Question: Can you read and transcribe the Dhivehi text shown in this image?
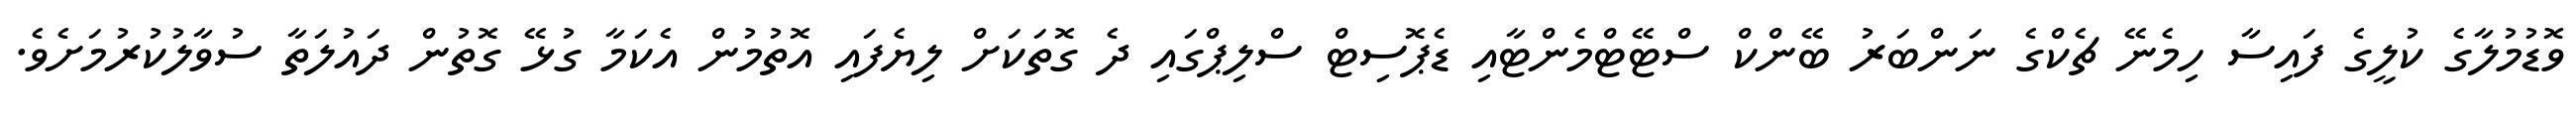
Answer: ވޮޑުމުލާގެ ކުލީގެ ފައިސާ ހިމެނޭ ޗެކްގެ ނަންބަރު ބޭންކް ސްޓޭޓްމެންޓާއި ޑެޕޮސިޓް ސްލިޕްގައި ދެ ގޮތަކަށް ލިޔެފައި އޮތުމުން އެކަމާ ގުޅޭ ގޮތުން ދައުލަތާ ސުވާލުކުރުމަށެވެ.